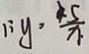
\because y > \frac { 5 } { x }